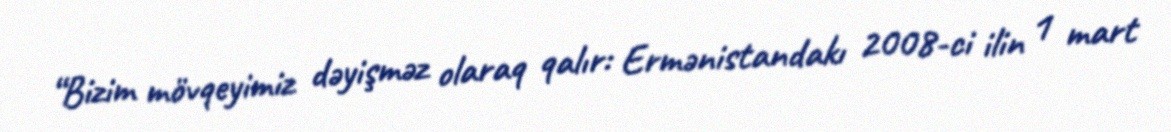
“Bizim mövqeyimiz dəyişməz olaraq qalır: Ermənistandakı 2008-ci ilin 1 mart